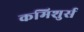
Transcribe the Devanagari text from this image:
कमिशुर्स